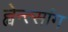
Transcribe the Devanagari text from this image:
ह्वेन्त्सांग